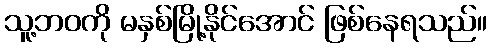
သူ့ဘဝကို မနှစ်မြို့နိုင်အောင် ဖြစ်နေရသည်။